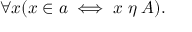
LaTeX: \forall x ( x \in a \iff x \; \eta \; A ) .